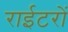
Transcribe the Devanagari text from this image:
राईटरों